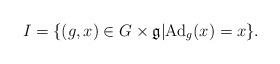
LaTeX: \begin{align*}I=\{(g,x) \in G \times \mathfrak{g} | {\rm Ad}_g(x)=x\}.\end{align*}